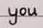
you